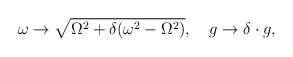
\begin{align*}\omega\rightarrow\sqrt{\Omega^2+\delta(\omega^2-\Omega^2)},\quad g\rightarrow\delta\cdot g,\end{align*}